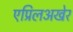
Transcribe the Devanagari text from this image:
एप्रिलअखेर